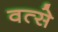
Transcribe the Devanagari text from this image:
वत्से